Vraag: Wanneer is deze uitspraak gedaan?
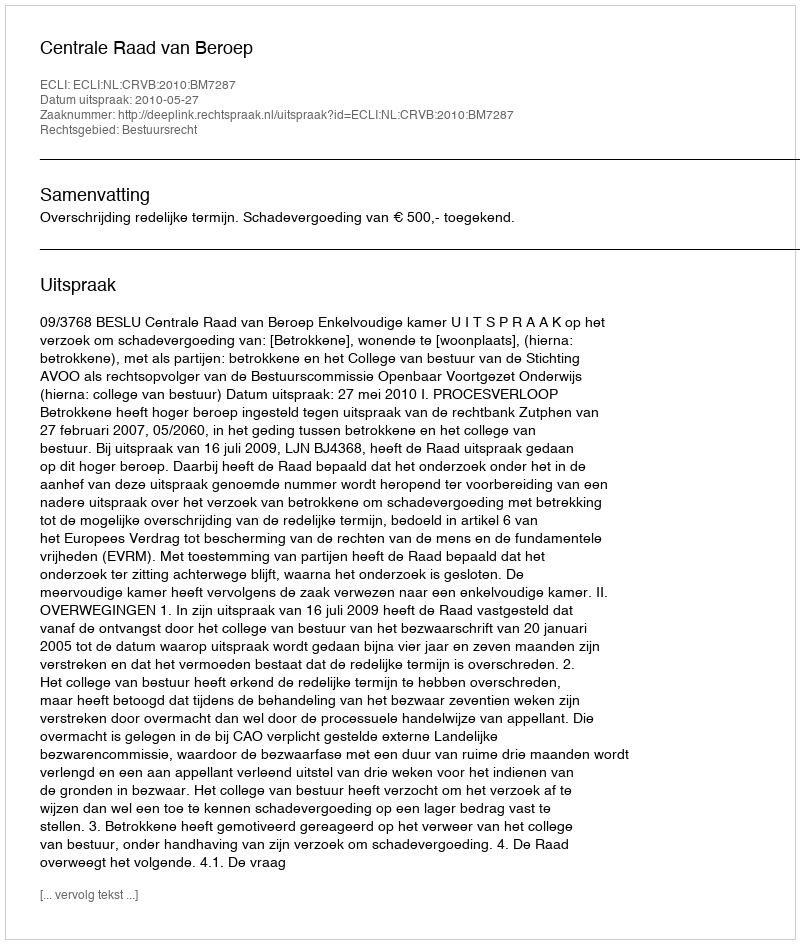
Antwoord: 2010-05-27